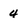
Character: 4